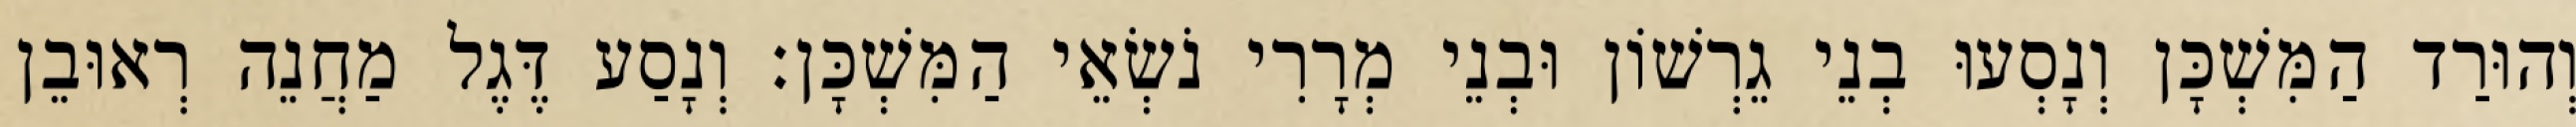
וְהוּרַד הַמִּשְׁכָּן וְנָסְעוּ בְנֵי גֵרְשׁוֹן וּבְנֵי מְרָרִי נֹשְׂאֵי הַמִּשְׁכָּן׃ וְנָסַע דֶּגֶל מַחֲנֵה רְאוּבֵן